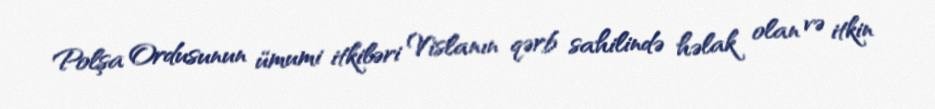
Polşa Ordusunun ümumi itkiləri Vislanın qərb sahilində həlak olan və itkin